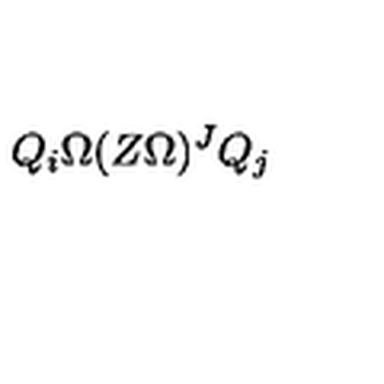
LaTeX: Q _ { i } \Omega ( Z \Omega ) ^ { J } Q _ { j }